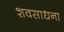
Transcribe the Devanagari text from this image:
शवसाधना